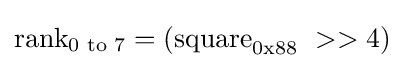
{\text{rank}}_{\text{0 to 7}}=({\text{square}}_{0{\rm {{x}88}}}\ >>4)